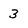
Character: 3